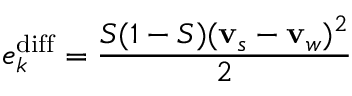
e _ { k } ^ { \mathrm { d i f f } } = \frac { S ( 1 - S ) ( { \bf v } _ { s } - { \bf v } _ { w } ) ^ { 2 } } { 2 }